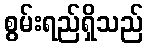
စွမ်းရည်ရှိသည်